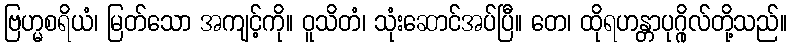
ဗြဟ္မစရိယံ၊ မြတ်သော အကျင့်ကို။ ဝူသိတံ၊ သုံးဆောင်အပ်ပြီ။ တေ၊ ထိုရဟန္တာပုဂ္ဂိုလ်တို့သည်။